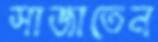
সাজাতেন